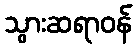
သွားဆရာဝန်